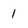
Character: 1